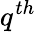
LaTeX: q^{th}